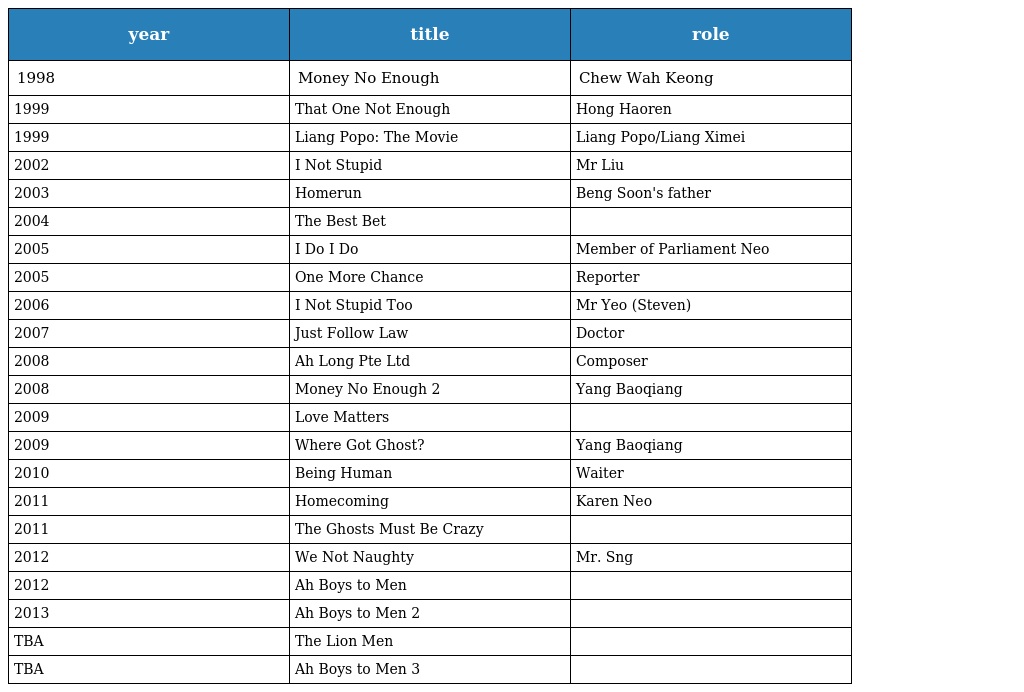
| year | title | role |
 | --- | --- | --- |
 | 1998 | Money No Enough | Chew Wah Keong |
 | 1999 | That One Not Enough | Hong Haoren |
 | 1999 | Liang Popo: The Movie | Liang Popo/Liang Ximei |
 | 2002 | I Not Stupid | Mr Liu |
 | 2003 | Homerun | Beng Soon's father |
 | 2004 | The Best Bet |  |
 | 2005 | I Do I Do | Member of Parliament Neo |
 | 2005 | One More Chance | Reporter |
 | 2006 | I Not Stupid Too | Mr Yeo (Steven) |
 | 2007 | Just Follow Law | Doctor |
 | 2008 | Ah Long Pte Ltd | Composer |
 | 2008 | Money No Enough 2 | Yang Baoqiang |
 | 2009 | Love Matters |  |
 | 2009 | Where Got Ghost? | Yang Baoqiang |
 | 2010 | Being Human | Waiter |
 | 2011 | Homecoming | Karen Neo |
 | 2011 | The Ghosts Must Be Crazy |  |
 | 2012 | We Not Naughty | Mr. Sng |
 | 2012 | Ah Boys to Men |  |
 | 2013 | Ah Boys to Men 2 |  |
 | TBA | The Lion Men |  |
 | TBA | Ah Boys to Men 3 |  |